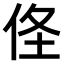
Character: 𠈬